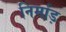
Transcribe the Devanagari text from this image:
निर्माड़